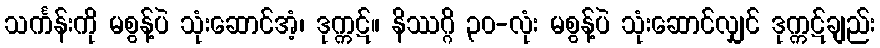
သင်္ကန်းကို မစွန့်ပဲ သုံးဆောင်အံ့၊ ဒုက္ကဋ်။ နိဿဂ္ဂိ ၃၀-လုံး မစွန့်ပဲ သုံးဆောင်လျှင် ဒုက္ကဋ်ချည်း